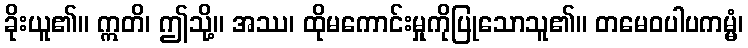
ခိုးယူ၏။ ဣတိ၊ ဤသို့။ အဿ၊ ထိုမကောင်းမှုကိုပြုသောသူ၏။ တမေဝပါပကမ္မံ၊